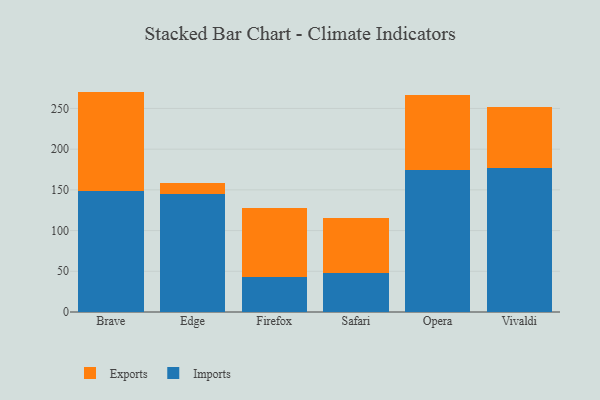
{"axis": {"x": "Browser", "y": "Page Views"}, "legend": ["Exports", "Imports"], "data": [{"x": "Brave", "y": 149.2, "type": "Imports"}, {"x": "Brave", "y": 121.5, "type": "Exports"}, {"x": "Edge", "y": 145.5, "type": "Imports"}, {"x": "Edge", "y": 12.7, "type": "Exports"}, {"x": "Firefox", "y": 43.2, "type": "Imports"}, {"x": "Firefox", "y": 84.7, "type": "Exports"}, {"x": "Safari", "y": 47.6, "type": "Imports"}, {"x": "Safari", "y": 67.6, "type": "Exports"}, {"x": "Opera", "y": 174.7, "type": "Imports"}, {"x": "Opera", "y": 91.6, "type": "Exports"}, {"x": "Vivaldi", "y": 176.9, "type": "Imports"}, {"x": "Vivaldi", "y": 74.6, "type": "Exports"}]}